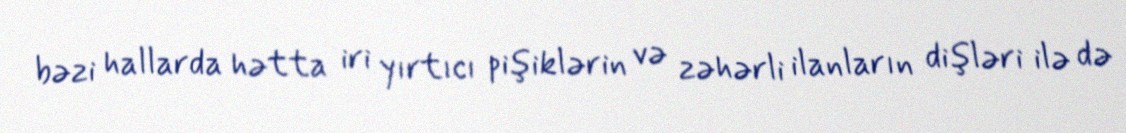
bəzi hallarda hətta iri yırtıcı pişiklərin və zəhərli ilanların dişləri ilə də